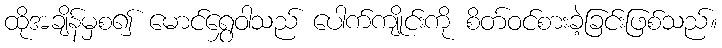
ထိုအချိန်မှစ၍ မောင်ရွှေဝါသည် ပေါက်ကျိုင်းကို စိတ်ဝင်စားခဲ့ခြင်းဖြစ်သည်။